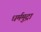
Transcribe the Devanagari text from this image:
धर्ममुद्रा